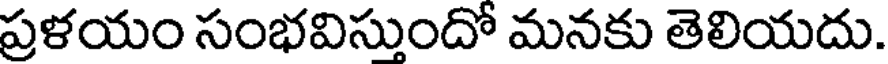
ప్రళయం సంభవిసుందో మనకు తెలియదు.